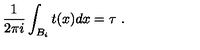
\frac { 1 } { 2 \pi i } \int _ { B _ { i } } t ( x ) d x = \tau \ .